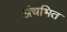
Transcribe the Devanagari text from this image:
अंचभित